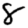
Digit: 8